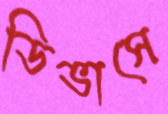
ডিভাসে